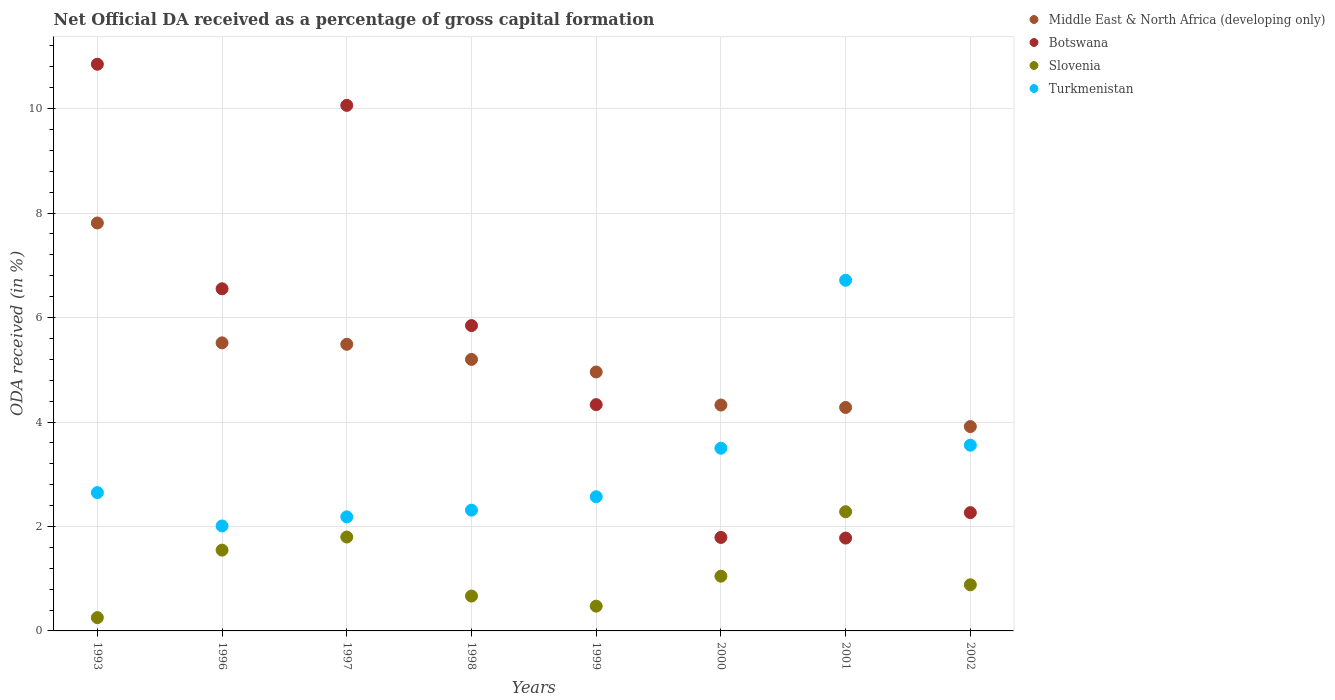
| Years | Middle East & North Africa (developing only) | Botswana | Slovenia | Turkmenistan |
 | --- | --- | --- | --- | --- |
 | 1993 | 7.81 | 10.8 | 0.254 | 2.65 |
 | 1996 | 5.52 | 6.55 | 1.55 | 2.01 |
 | 1997 | 5.49 | 10.1 | 1.8 | 2.18 |
 | 1998 | 5.2 | 5.85 | 0.668 | 2.31 |
 | 1999 | 4.96 | 4.33 | 0.474 | 2.57 |
 | 2000 | 4.33 | 1.79 | 1.05 | 3.5 |
 | 2001 | 4.28 | 1.78 | 2.28 | 6.71 |
 | 2002 | 3.91 | 2.26 | 0.883 | 3.56 |